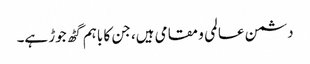
دشمن عالمی و مقامی ہیں، جن کا باہم گٹھ جوڑ ہے۔